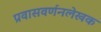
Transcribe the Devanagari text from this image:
प्रवासवर्णनलेखक